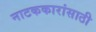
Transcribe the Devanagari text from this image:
नाटककारांसाठी